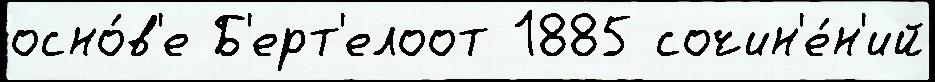
осно́в'е Б'ерт'елоот 1885 сочин'е́н'ий